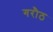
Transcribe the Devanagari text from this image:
गरौठ